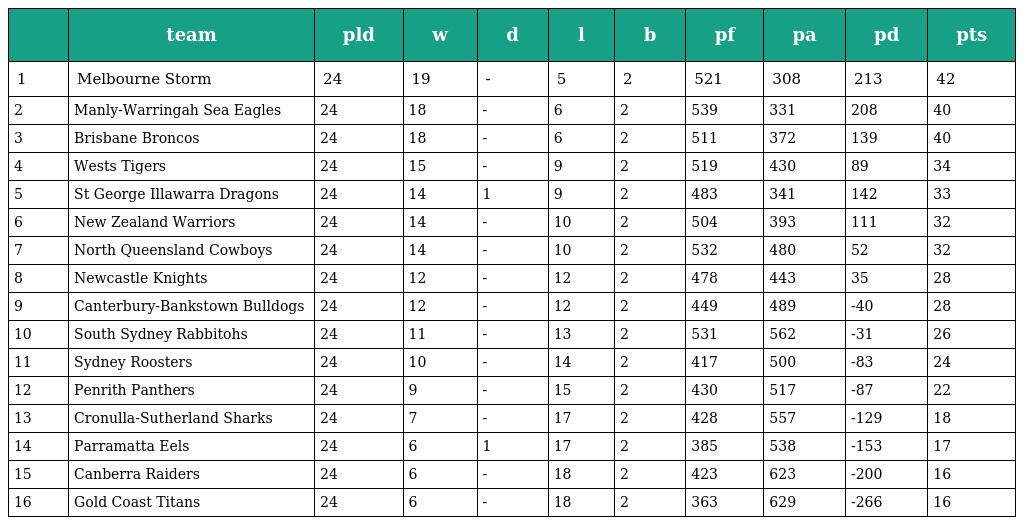
|  | team | pld | w | d | l | b | pf | pa | pd | pts |
 | --- | --- | --- | --- | --- | --- | --- | --- | --- | --- | --- |
 | 1 | Melbourne Storm | 24 | 19 | - | 5 | 2 | 521 | 308 | 213 | 42 |
 | 2 | Manly-Warringah Sea Eagles | 24 | 18 | - | 6 | 2 | 539 | 331 | 208 | 40 |
 | 3 | Brisbane Broncos | 24 | 18 | - | 6 | 2 | 511 | 372 | 139 | 40 |
 | 4 | Wests Tigers | 24 | 15 | - | 9 | 2 | 519 | 430 | 89 | 34 |
 | 5 | St George Illawarra Dragons | 24 | 14 | 1 | 9 | 2 | 483 | 341 | 142 | 33 |
 | 6 | New Zealand Warriors | 24 | 14 | - | 10 | 2 | 504 | 393 | 111 | 32 |
 | 7 | North Queensland Cowboys | 24 | 14 | - | 10 | 2 | 532 | 480 | 52 | 32 |
 | 8 | Newcastle Knights | 24 | 12 | - | 12 | 2 | 478 | 443 | 35 | 28 |
 | 9 | Canterbury-Bankstown Bulldogs | 24 | 12 | - | 12 | 2 | 449 | 489 | -40 | 28 |
 | 10 | South Sydney Rabbitohs | 24 | 11 | - | 13 | 2 | 531 | 562 | -31 | 26 |
 | 11 | Sydney Roosters | 24 | 10 | - | 14 | 2 | 417 | 500 | -83 | 24 |
 | 12 | Penrith Panthers | 24 | 9 | - | 15 | 2 | 430 | 517 | -87 | 22 |
 | 13 | Cronulla-Sutherland Sharks | 24 | 7 | - | 17 | 2 | 428 | 557 | -129 | 18 |
 | 14 | Parramatta Eels | 24 | 6 | 1 | 17 | 2 | 385 | 538 | -153 | 17 |
 | 15 | Canberra Raiders | 24 | 6 | - | 18 | 2 | 423 | 623 | -200 | 16 |
 | 16 | Gold Coast Titans | 24 | 6 | - | 18 | 2 | 363 | 629 | -266 | 16 |